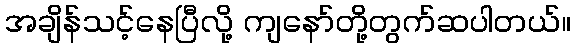
အချိန်သင့်နေပြီလို့ ကျနော်တို့တွက်ဆပါတယ်။